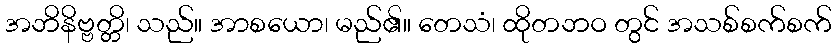
အဘိနိဗ္ဗတ္တိ၊ သည်။ အာစယော၊ မည်၏။ တေသံ၊ ထိုတဘဝ တွင် အသစ်စက်စက်